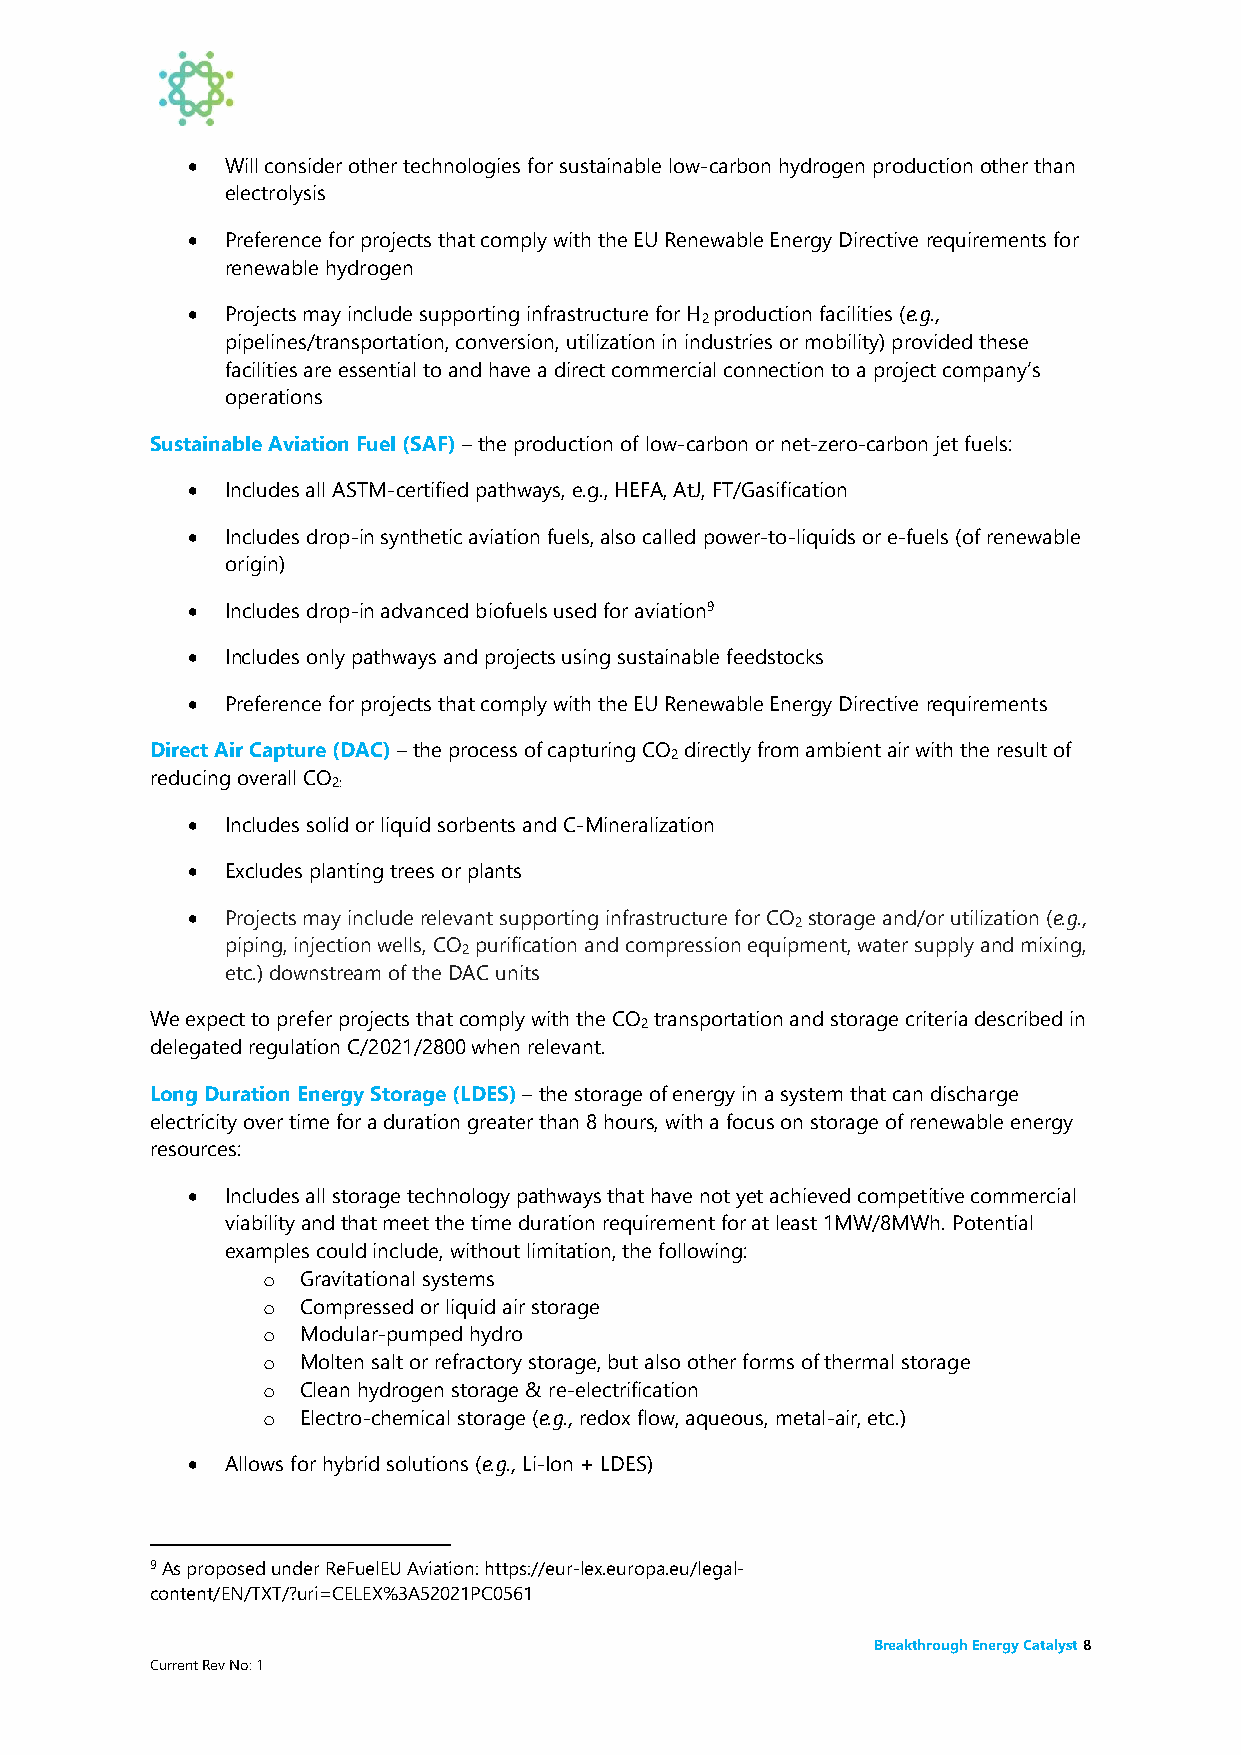
•  Will consider other technologies for sustainable low-carbon hydrogen production other than
 electrolysis
 •  Preference for projects that comply with the EU Renewable Energy Directive requirements for
 renewable hydrogen
 •  Projects may include supporting infrastructure for H production facilities (e.g.,
 2
 pipelines/transportation, conversion, utilization in industries or mobility) provided these
 facilities are essential to and have a direct commercial connection to a project company’s
 operations
 Sustainable Aviation Fuel (SAF) – the production of low-carbon or net-zero-carbon jet fuels:
 •  Includes all ASTM-certified pathways, e.g., HEFA, AtJ, FT/Gasification
 •  Includes drop-in synthetic aviation fuels, also called power-to-liquids or e-fuels (of renewable
 origin)
 •  Includes drop-in advanced biofuels used for aviation9
 •  Includes only pathways and projects using sustainable feedstocks
 •  Preference for projects that comply with the EU Renewable Energy Directive requirements
 Direct Air Capture (DAC) – the process of capturing CO directly from ambient air with the result of
 2
 reducing overall CO
 2:
 •  Includes solid or liquid sorbents and C-Mineralization
 •  Excludes planting trees or plants
 •  Projects may include relevant supporting infrastructure for CO storage and/or utilization (e.g.,
 2
 piping, injection wells, CO purification and compression equipment, water supply and mixing,
 2
 etc.) downstream of the DAC units
 We expect to prefer projects that comply with the CO transportation and storage criteria described in
 2
 delegated regulation C/2021/2800 when relevant.
 Long Duration Energy Storage (LDES) – the storage of energy in a system that can discharge
 electricity over time for a duration greater than 8 hours, with a focus on storage of renewable energy
 resources:
 •  Includes all storage technology pathways that have not yet achieved competitive commercial
 viability and that meet the time duration requirement for at least 1MW/8MWh. Potential
 examples could include, without limitation, the following:
 o  Gravitational systems
 o  Compressed or liquid air storage
 o  Modular-pumped hydro
 o  Molten salt or refractory storage, but also other forms of thermal storage
 o  Clean hydrogen storage & re-electrification
 o  Electro-chemical storage (e.g., redox flow, aqueous, metal-air, etc.)
 •  Allows for hybrid solutions (e.g., Li-Ion + LDES)
 9 As proposed under ReFuelEU Aviation: https://eur-lex.europa.eu/legal-
 content/EN/TXT/?uri=CELEX%3A52021PC0561
 Breakthrough Energy Catalyst 8
 Current Rev No: 1